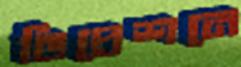
ডিপ্রেশনে